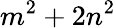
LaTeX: m^{2}+2n^{2}